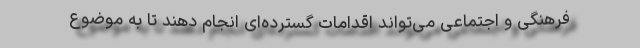
فرهنگی و اجتماعی می‌تواند اقدامات گسترده‌ای انجام دهند تا به موضوع